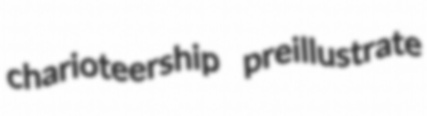
charioteership preillustrate